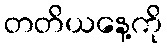
တတိယနေ့ကို